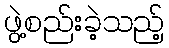
ဖွဲ့စည်းခဲ့သည့်